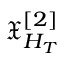
\mathfrak { X } _ { H _ { T } } ^ { [ 2 ] }